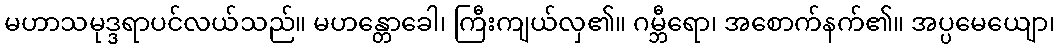
မဟာသမုဒ္ဒရာပင်လယ်သည်။ မဟန္တောခေါ၊ ကြီးကျယ်လှ၏။ ဂမ္ဘီရော၊ အစောက်နက်၏။ အပ္ပမေယျော၊